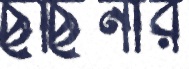
ছর্ছিনার